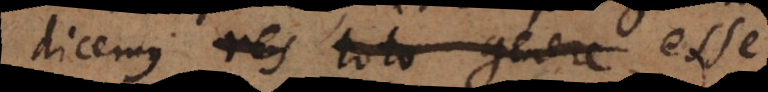
dicemus res toto genere